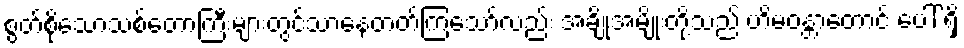
စွတ်စိုသောသစ်တောကြီးများတွင်သာနေတတ်ကြသော်လည်း အချို့အမျိုးတို့သည် ဟိမဝန္တာတောင် ပေါ် ရှိ